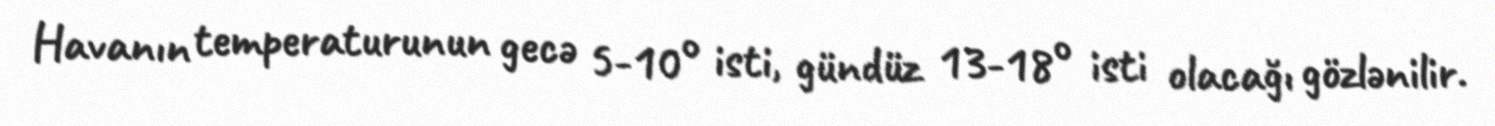
Havanın temperaturunun gecə 5-10° isti, gündüz 13-18° isti olacağı gözlənilir.